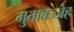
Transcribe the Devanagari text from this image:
मुतावज्जेह